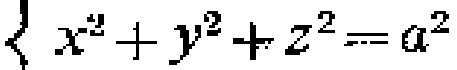
$\{x^{2}+y^{2}+z^{2}=a^{2}$